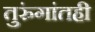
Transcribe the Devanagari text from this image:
तुरुंगांतही